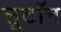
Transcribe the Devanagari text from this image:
लूटॉन